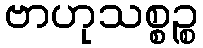
ဗာဟုသစ္စဉ္စ